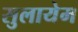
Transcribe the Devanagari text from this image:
सुलायेम